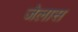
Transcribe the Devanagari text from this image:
जेलास